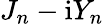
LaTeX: J_{n}-\mathrm{i}Y_{n}